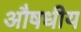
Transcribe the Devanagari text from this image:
अौषधीय